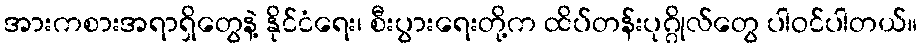
အားကစားအရာရှိတွေနဲ့ နိုင်ငံရေး၊ စီးပွားရေးတို့က ထိပ်တန်းပုဂ္ဂိုလ်တွေ ပါဝင်ပါတယ်။